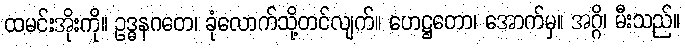
ထမင်းအိုးကို။ ဥဒ္ဓနဂတေ၊ ခုံလောက်သို့တင်လျက်။ ဟေဋ္ဌတော၊ အောက်မှ။ အဂ္ဂိ၊ မီးသည်။